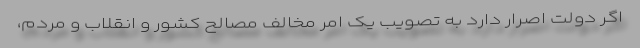
اگر دولت اصرار دارد به تصویب یک امر مخالف مصالح کشور و انقلاب و مردم،